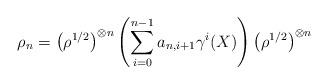
LaTeX: \begin{align*}\rho_n=\left(\rho^{1/2}\right)^{\otimes n}\left( \sum_{i=0}^{n-1} a_{n,i+1}\gamma^i(X)\right) \left(\rho^{1/2}\right)^{\otimes n} \end{align*}